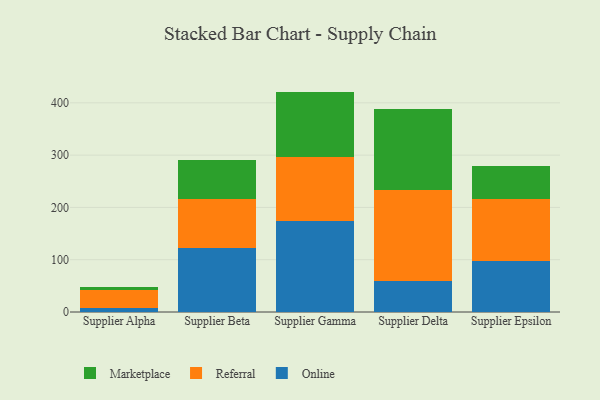
{"axis": {"x": "Supplier", "y": "Temperature (°C)"}, "legend": ["Marketplace", "Online", "Referral"], "data": [{"x": "Supplier Alpha", "y": 8.5, "type": "Online"}, {"x": "Supplier Alpha", "y": 34.2, "type": "Referral"}, {"x": "Supplier Alpha", "y": 5.8, "type": "Marketplace"}, {"x": "Supplier Beta", "y": 122.6, "type": "Online"}, {"x": "Supplier Beta", "y": 92.9, "type": "Referral"}, {"x": "Supplier Beta", "y": 75.1, "type": "Marketplace"}, {"x": "Supplier Gamma", "y": 174.8, "type": "Online"}, {"x": "Supplier Gamma", "y": 121.9, "type": "Referral"}, {"x": "Supplier Gamma", "y": 124.8, "type": "Marketplace"}, {"x": "Supplier Delta", "y": 58.6, "type": "Online"}, {"x": "Supplier Delta", "y": 175.4, "type": "Referral"}, {"x": "Supplier Delta", "y": 154.6, "type": "Marketplace"}, {"x": "Supplier Epsilon", "y": 96.7, "type": "Online"}, {"x": "Supplier Epsilon", "y": 119.2, "type": "Referral"}, {"x": "Supplier Epsilon", "y": 64.1, "type": "Marketplace"}]}